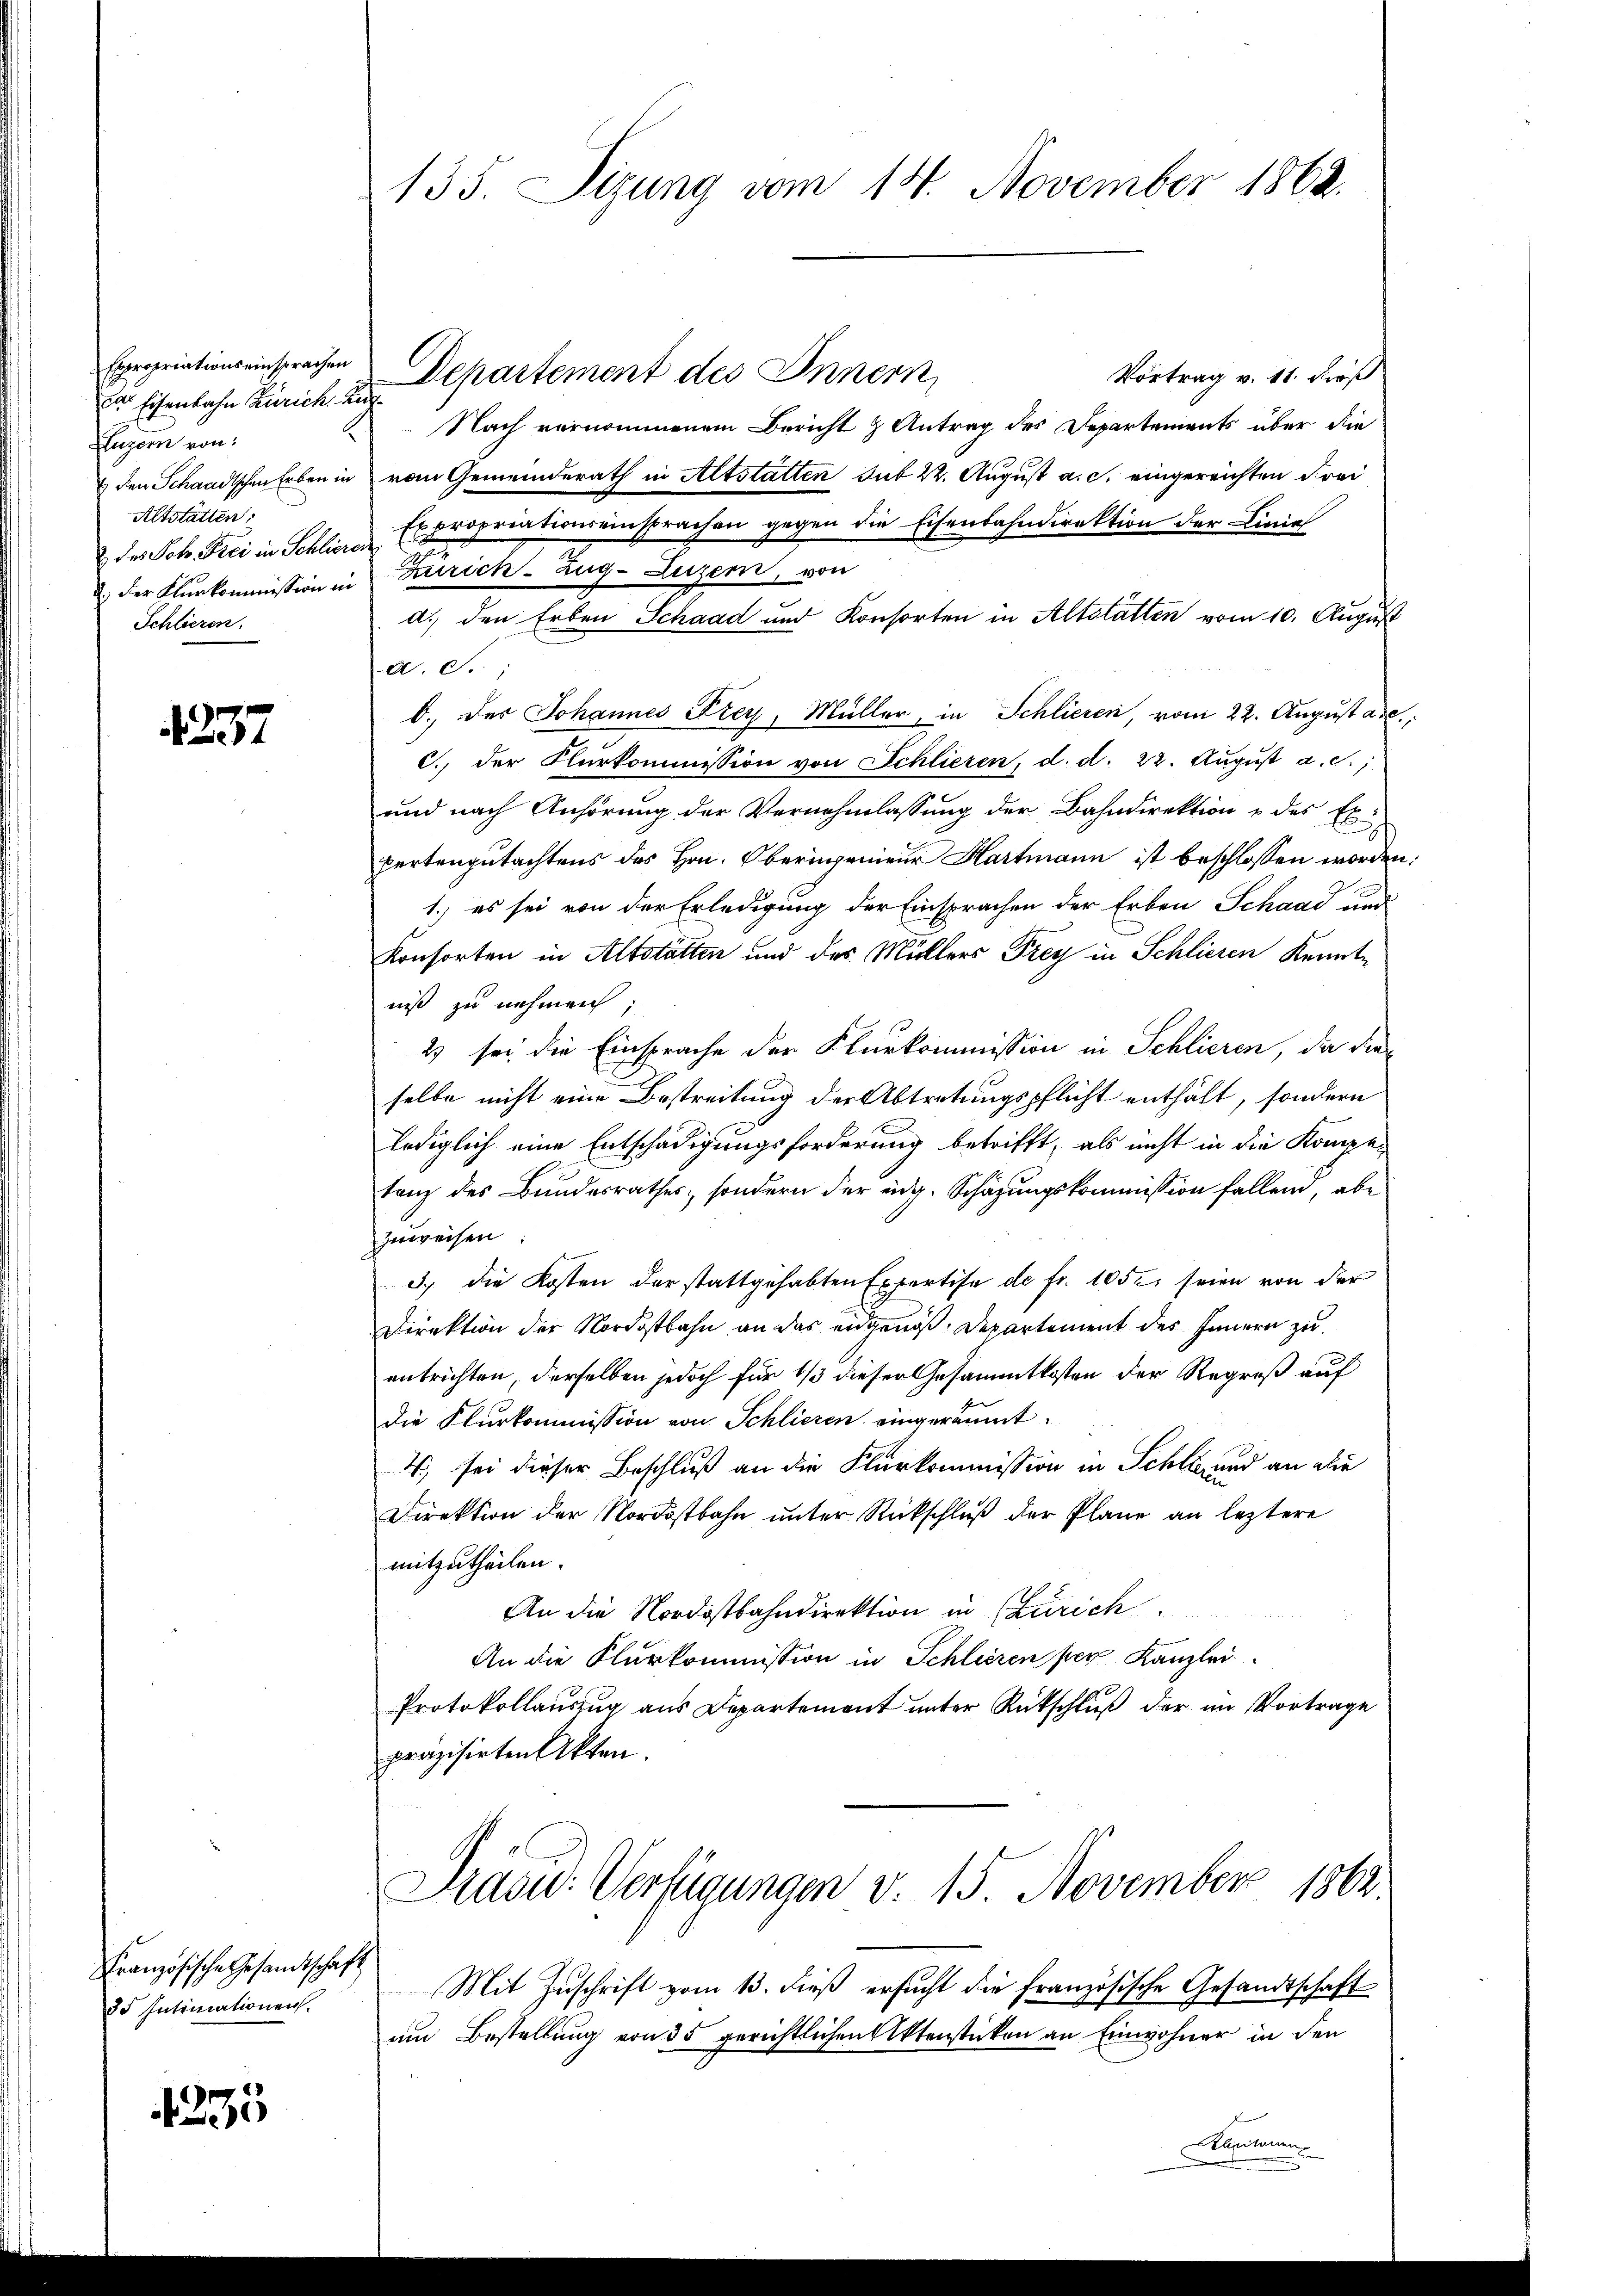
Expropriations einsprachen
das Eisenbahn Zürich. Auf¬
Luzern von
Altstätten;
Schlieren.

427

Französische Gesandtschaft
35 Intimationen.

1235

Departement des Innern,
Vortrag v. 11. dieß
Nach vernommenem Bericht & Antrag des Departements über die
 den Schandtschen Erben in vom Gemeinderath in Altstatten sub 22. August a. c. eingereichten Frei
 des Joh. Frei in Schlierer Expropriationseinsprachen gegen die Eisenbahndirektion der Linie
u. der Klurkommission in Zürich–Zug–Luzern, von
d.) den Erben Schaad und Konsorten in Altstatten vom 10. August
A. F.,
b. des Johannes Frey, Müller, in Schlieren, vom 22. August ade
C. der Kurkommission von Schliesen, d. d. 22. Aŭgŭst a. d.
und nach Anhörung der Vernehmlassung der Bahndirektion & des Exi-
pertengutachtens des Hrn. Oberingenieur Hartmann ist beschlossen worden:
1.) es sei von der Erledigung der Einsprachen der Erben Schaad und
Konsorten in Altstätten und des Müllers Frey in Schlieren Kenntniß zu nehmen;
2 sei die Einsprache der Flurkommission in Schlieren, da dies
selbe nicht eine Bestreitung der Abtretungspflicht enthält, sondern
lediglich eine Entschädigungsforderung betrifft, als nicht in die Kompetanz des Bundesrathes, sondern der eidg. Schäzungskommission fallen, abe
zuweisen:
3.) die Kosten der stattgehabten Expertise de fr. 1050. seien von der
Direktion der Nordostbahn an das eidgenoß. Departement des Innern zu
entrichten, derselben jedoch für 1/3 dieser Gesammtkosten der Regreß auf
die Flurkommission von Schlieren eingeräumt.
4, sei dieser Beschluß an die Flurkommission in Schli und an die
Direktion der Nordostbahn unter Rückschluß der Plane an leztere
mitzutheilen.
An die Nordostbahndirektion in (Zürich
An die Flurkommission in Schlieren per Kanzlei
Protokollauszug aus Departement unter Rückschluß der im Vortrage
präzisirten Akten.

135. Sizung vom 14. November 1862.

Prasw: Verfügungen v. 15. November 1862.

Mit Zuschrift vom 13. dieß ersucht die französische Gesandtschaft
um Bestellung von 35 gerichtlichen Aktenstücken an Einwohner in den
Alaritanens